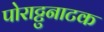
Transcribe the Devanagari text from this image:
पोराट्टुनाटक